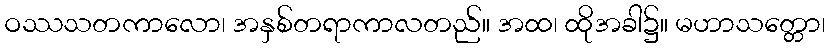
ဝဿသတကာလော၊ အနှစ်တရာကာလတည်။ အထ၊ ထိုအခါ၌။ မဟာသတ္တော၊